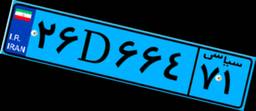
۳۱D۲۹۶۵۱